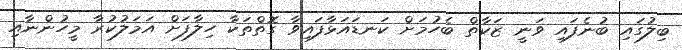
ބިލުގައި ބުނެފައި ވަނީ ޒަކާތް ބެހުމަށް ކަނޑައަޅާފައިވާ ގޮތްތަކާ ހިލާފަށް އަމަލުކުރާ މީހުންނާއި